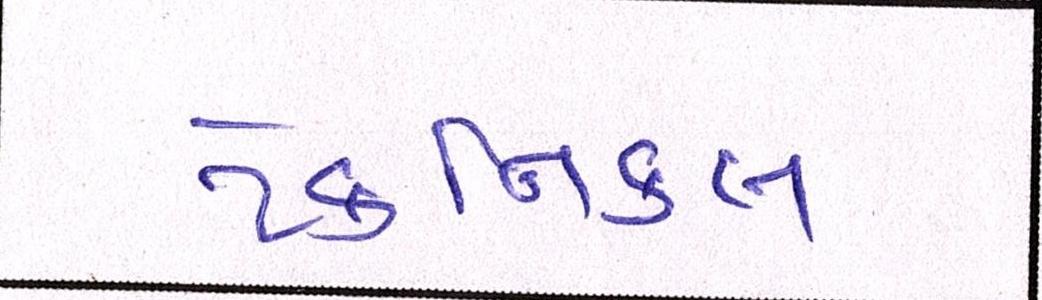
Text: ટેકનિકલ